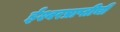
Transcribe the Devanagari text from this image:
ईश्वरप्राप्तीची